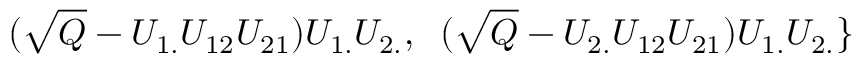
\; \; ( \sqrt { Q } - U _ { 1 . } U _ { 1 2 } U _ { 2 1 } ) U _ { 1 . } U _ { 2 . } , \; \; ( \sqrt { Q } - U _ { 2 . } U _ { 1 2 } U _ { 2 1 } ) U _ { 1 . } U _ { 2 . } \}